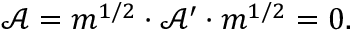
\mathcal { A } = m ^ { 1 / 2 } \cdot \mathcal { A } ^ { \prime } \cdot m ^ { 1 / 2 } = 0 .